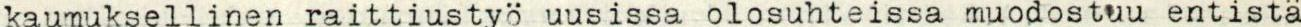
kaumuksellinen raittiustyö uusissa olosuhteissa muodostuu entistä